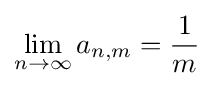
\lim _{n\to \infty }a_{n,m}={\frac {1}{m}}